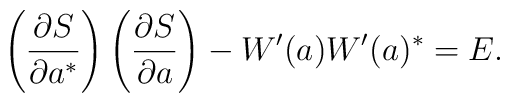
\left( \frac{\partial S}{\partial a^{\ast}} \right) \left( \frac{\partial S}{\partial a} \right) - W'(a)W'(a)^{\ast} = E.